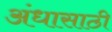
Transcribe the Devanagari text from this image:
अंधासाठी